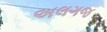
અલગજ